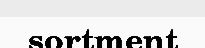
sortment